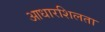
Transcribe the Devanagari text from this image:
आधारशिलता